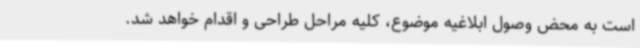
است به محض وصول ابلاغیه موضوع، کلیه مراحل طراحی و اقدام خواهد شد.